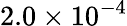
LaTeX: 2.0\times 10^{-4}